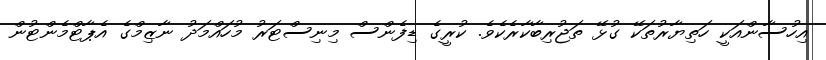
އިހުސާންއަކީ ހަތިޔާރުތަކޭ ގުޅޭ ތަޖުރިބާކާރެކެވެ. ކުރީގެ ޑިފެންސް މިނިސްޓަރު މުހައްމަދު ނާޒިމްގެ އެޕާޓްމެންޓުން